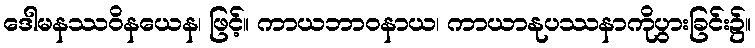
ဒေါမနဿဝိနယေန၊ ဖြင့်။ ကာယဘာဝနာယ၊ ကာယာနုပဿနာကိုပွားခြင်း၌။